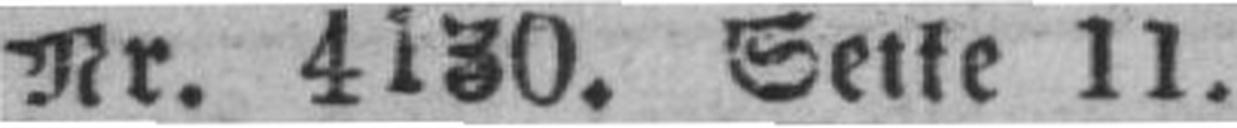
Nr. 4130. Seite 11.